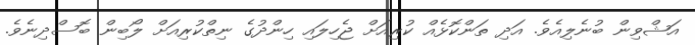
އަޝްވިން ބުނެލިއެވެ. އަދި ތަންކޮޅެއް ކުރިއަށް ޖެހިލައި ހިންދުގެ ނިތްކުރިއަށް ލޯބިން ބޮސްދިނެވެ.